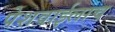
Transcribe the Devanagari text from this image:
पेशवाईलाच